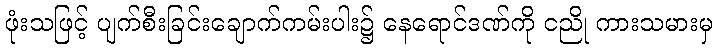
ဖုံးသဖြင့် ပျက်စီးခြင်းချောက်ကမ်းပါး၌ နေရောင်ဒဏ်ကို ငညို ကားသမားမှ